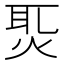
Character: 𤈨